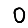
Digit: 0